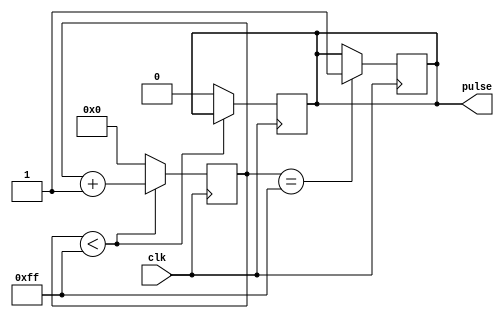
module falling_edge_pulse_generator (
    input wire clk,
    output reg pulse
);

reg [7:0] delay_counter;

always @(posedge clk) begin
    if (delay_counter < 8'hFF) begin
        delay_counter <= delay_counter + 1;
    end else begin
        delay_counter <= 0;
        pulse <= 1'b0; // Falling edge pulse generation
    end
end

always @(posedge clk) begin
    if (delay_counter == 8'hFF) begin
        pulse <= 1'b1; // Falling edge pulse synchronized with clock
    end
end

endmodule